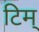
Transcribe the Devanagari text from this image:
टिम्